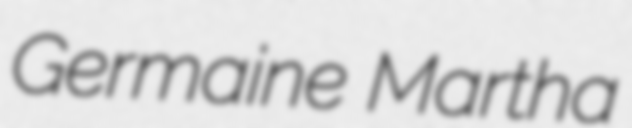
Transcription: Germaine Martha